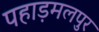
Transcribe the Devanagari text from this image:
पहाड़मलपुर